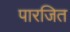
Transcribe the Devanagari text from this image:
पारजित